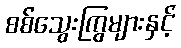
စစ်သွေးကြွများနှင့်